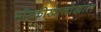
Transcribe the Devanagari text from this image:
मॉस्कोखालोखाल